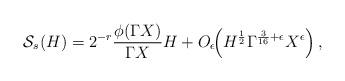
LaTeX: \begin{align*} \mathcal S_s(H) = 2^{-r}\frac{\phi(\Gamma X)}{\Gamma X}H + O_\epsilon\!\!\left(H^{\frac{1}{2}}\Gamma^{\frac{3}{16} + \epsilon} X^\epsilon\right),\end{align*}